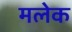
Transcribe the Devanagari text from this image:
मलेक